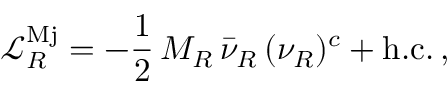
\mathcal { L } _ { R } ^ { \mathrm { M j } } = - \frac { 1 } { 2 } \, M _ { R } \, \bar { \nu } _ { R } \, ( \nu _ { R } ) ^ { c } + \mathrm { h . c . } \, ,